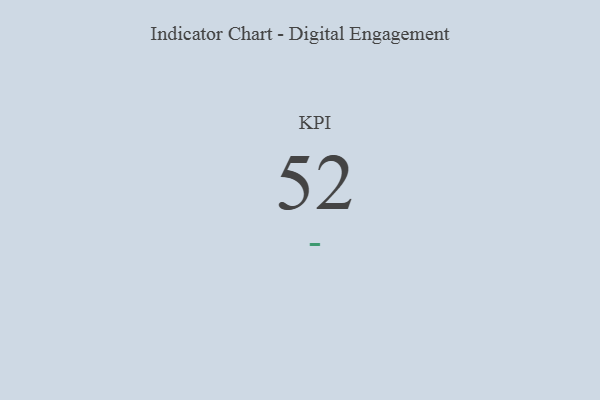
{"axis": {"x": "KPI", "y": "Value"}, "legend": [""], "data": [{"x": "KPI", "y": 52, "type": ""}]}